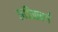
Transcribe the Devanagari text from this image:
छविकवर्ग